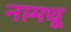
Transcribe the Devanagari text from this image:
नामधू